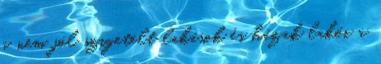
a nem jól szigetelt lakások és házak lakói a